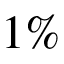
1 \%